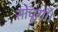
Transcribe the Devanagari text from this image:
सोचूगाँ।